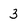
Character: 3